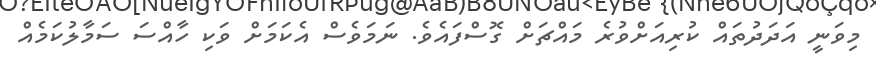
މިވަނީ އަދަދުތައް ކުރިއަށްވުރެ މައްޗަށް ގޮސްފައެވެ. ނަމަވެސް އެކަމަށް ވަކި ހާއްސަ ސަމާލުކަމެއް